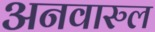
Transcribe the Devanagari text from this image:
अनवारुल